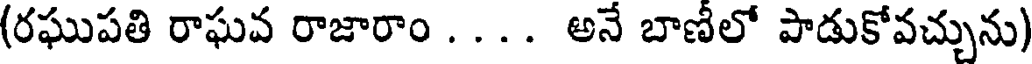
(రఘుపతి రాఘవ రాజారాం . . . . అనే బాణీలో పాడుకోవచ్చును)